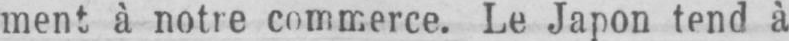
ment à notre commerce. Le Japon tend à